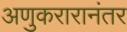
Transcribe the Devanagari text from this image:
अणुकरारानंतर